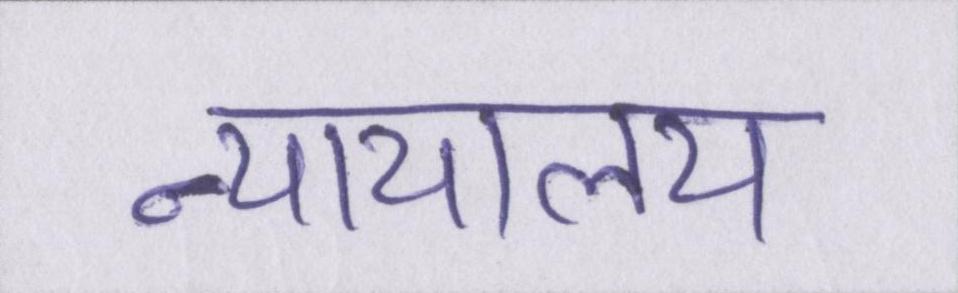
न्यायालय